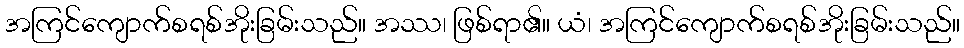
အကြင်ကျောက်စရစ်အိုးခြမ်းသည်။ အဿ၊ ဖြစ်ရာ၏။ ယံ၊ အကြင်ကျောက်စရစ်အိုးခြမ်းသည်။